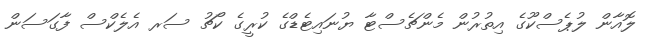
ލޮއާން ލުޕެސްކޫގެ އިތުރުން މެންޗެސްޓާ ޔުނައިޓެޑްގެ ކުރީގެ ކޯޗު ސަރ އެލެކްސް ފާގަސަން